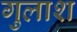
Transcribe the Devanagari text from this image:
गुलाश